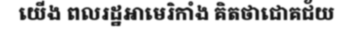
យើង ពលរដ្ឋអាមេរិកាំង គិតថាជោគជ័យ